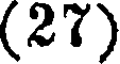
(27)